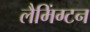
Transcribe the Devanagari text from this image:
लैमिंग्टन